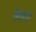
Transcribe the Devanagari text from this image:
बिमरि